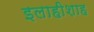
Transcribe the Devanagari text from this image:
इलाहीशाह